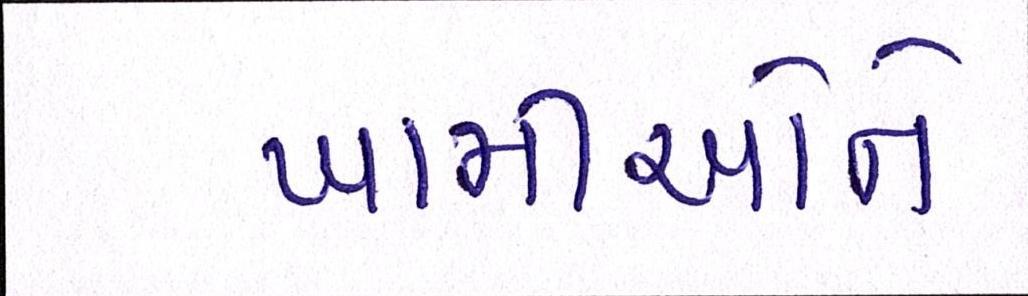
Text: ખામીઓને